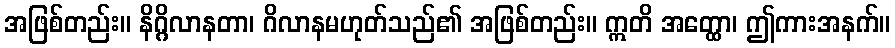
အဖြစ်တည်း။ နိဂ္ဂိလာနတာ၊ ဂိလာနမဟုတ်သည်၏ အဖြစ်တည်း။ ဣတိ အတ္ထော၊ ဤကားအနက်။